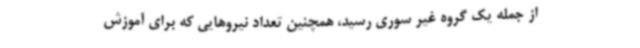
از جمله یک گروه غیر سوری رسید، همچنین تعداد نیروهایی که برای آموزش